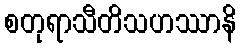
စတုရာသီတိသဟဿာနိ